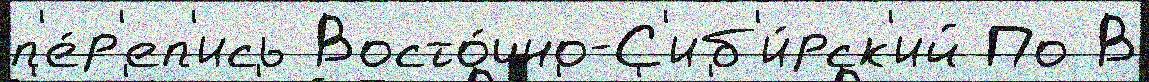
п'е́р'еп'ись Восто́чно-С'иб'и́рск'ий По В